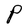
Character: P